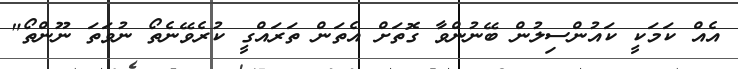
އެއް ކަމަކީ ކައުންސިލުން ބޭނުންވާ ގޮތަށް އެތަން ތަރައްގީ ކުރެވޭނެތޯ ނުވަތަ ނޫންތޯ"